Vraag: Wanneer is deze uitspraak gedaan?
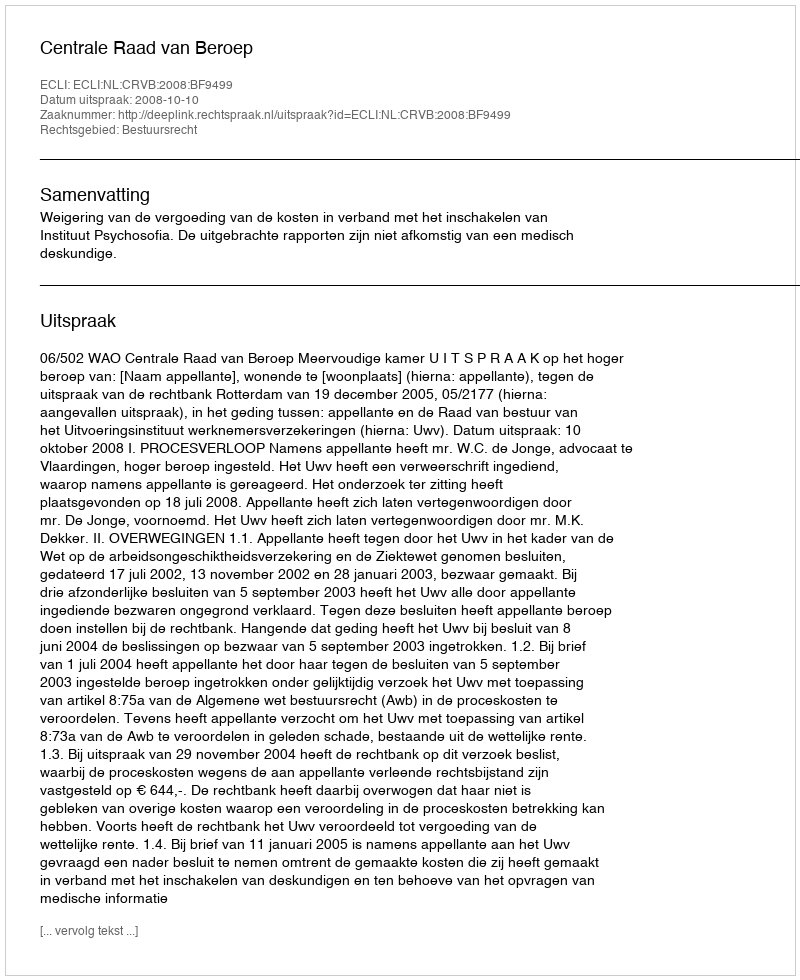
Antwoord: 2008-10-10